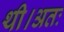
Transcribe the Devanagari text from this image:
थी।अतः